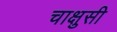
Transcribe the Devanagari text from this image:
चाक्षुसी